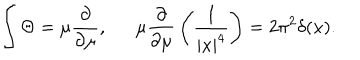
\int \Theta = \mu { \frac { \partial } { \partial \mu } } , \mu { \frac { \partial } { \partial \mu } } \left( { \frac { 1 } { | x | ^ { 4 } } } \right) = 2 \pi ^ { 2 } \delta ( x ) .